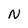
Character: N